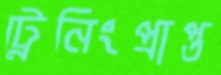
ট্রেনিংপ্রাপ্ত